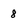
Character: 8